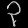
Digit: ၃